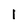
Character: l